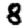
Digit: 8